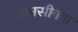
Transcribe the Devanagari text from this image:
मानसीगंगा